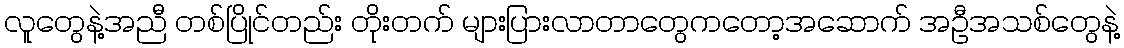
လူတွေနဲ့အညီ တစ်ပြိုင်တည်း တိုးတက် များပြားလာတာတွေကတော့အဆောက် အဦအသစ်တွေနဲ့